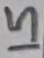
Text: 15